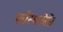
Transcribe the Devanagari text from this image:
फॉस्फरेसेंस